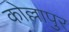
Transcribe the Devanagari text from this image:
कोल्लापुर